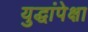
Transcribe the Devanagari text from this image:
युद्धांपेक्षा